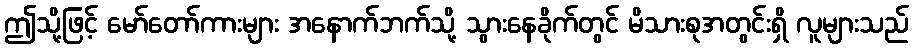
ဤသို့ဖြင့် မော်တော်ကားများ အနောက်ဘက်သို့ သွားနေခိုက်တွင် မိသားစုအတွင်းရှိ လူများသည်